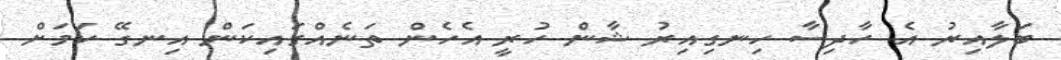
ބަލާއިރު އެ ހާދިސާ ހިނގިއިރު ޝާން ހުރީ އެހެން ތަނެއްގައިކަން އިނގޭ ކަމަށް